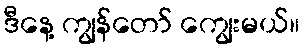
ဒီနေ့ ကျွန်တော် ကျွေးမယ်။